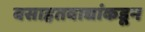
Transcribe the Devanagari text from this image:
वसाहतवाद्यांकडून